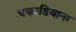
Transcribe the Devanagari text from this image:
अकाडियाना